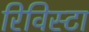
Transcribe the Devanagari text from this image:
रिविस्टा